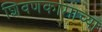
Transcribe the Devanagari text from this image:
शिवणकामाच्या